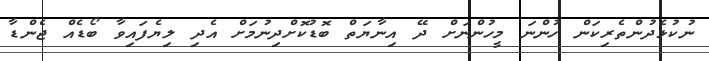
ނުކުޅެދުންތެރިކަން ހުންނަ މީހުންނަށް ދޭ އިނާޔަތް ބޮޑުކޮށްދިނުމަށް އެދި ލިޔެފައިވާ ބޯޑެއް ޖެންޑާ